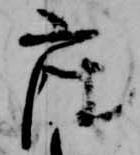
座